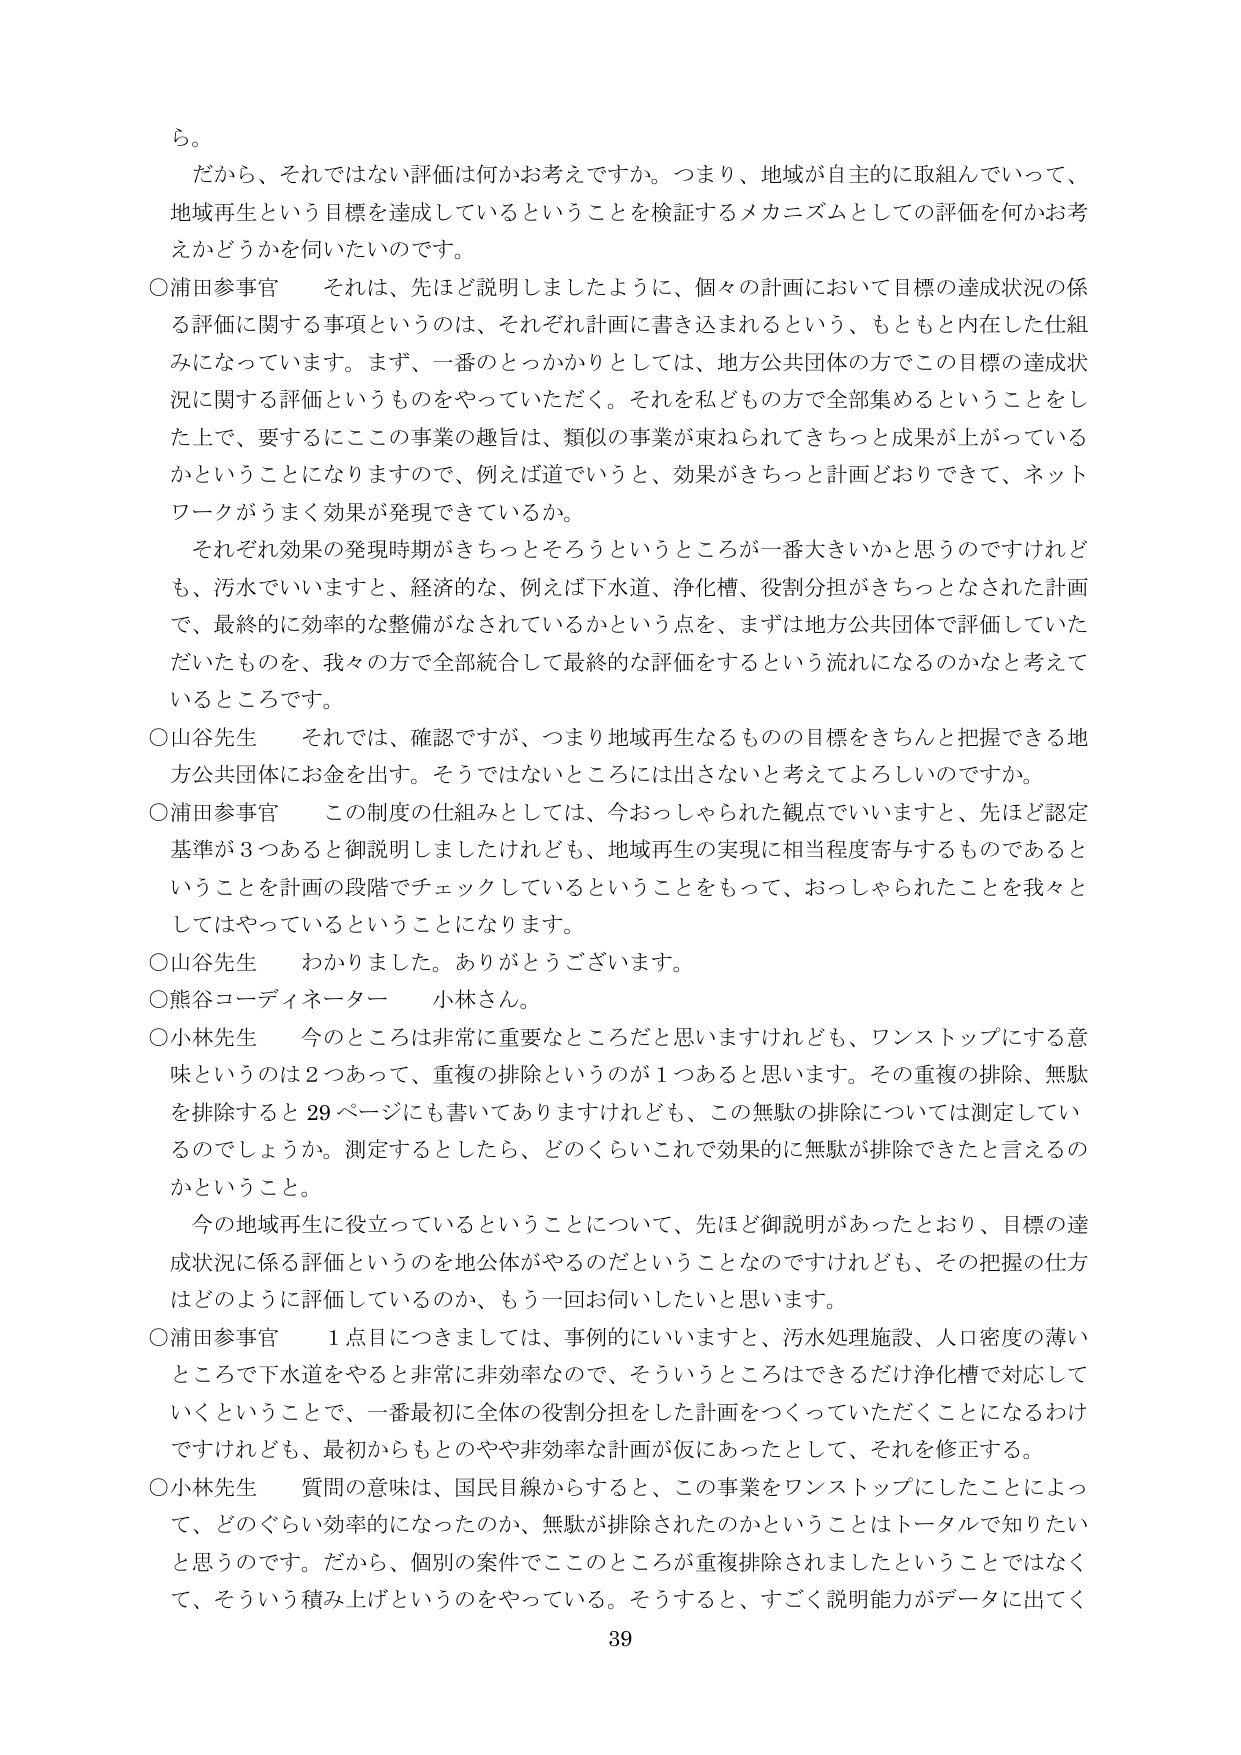
ら。

だから、それではない評価は何かお考えですか。つまり、地域が自主的に取組んでいって、
地域再生という目標を達成しているということを検証するメカニズムとしての評価を何かお考
えかどうかを伺いたいのです。

○浦田参事官　それは、先ほど説明しましたように、個々の計画において目標の達成状況の係
る評価に関する事項というのは、それぞれ計画に書き込まれるという、もともと内在した仕組
みになっています。まず、一番のとっかかりとしては、地方公共団体の方でこの目標の達成状
況に関する評価というものをやっていただく。それを私どもの方で全部集めるということをし
た上で、要するにこの事業の趣旨は、類似の事業が束ねられてきっと成果が上がっている
かということになりますので、例えば道でいうと、効果がきちっと計画どおりできて、ネット
ワークがうまく効果が発現できているか。

それぞれ効果の発現時期がきちっとそろうというところが一番大きいかと思うのですけれど
も、汚水でいいますと、経済的な、例えば下水道、浄化槽、役割分担がきちっとなされた計画
で、最終的に効率的な整備がなされているかという点を、まずは地方公共団体で評価していた
だいたものを、我々の方で全部統合して最終的な評価をするという流れになるのかなと考えて
いるところです。

○山谷先生　それでは、確認ですが、つまり地域再生なるものの目標をきちんと把握できる地
方公共団体にお金を出す。そうではないところには出さないと考えてよろしいのですか。

○浦田参事官　この制度の仕組みとしては、今おっしゃられた観点でいいますと、先ほど認定
基準が3つあると御説明しましたけれども、地域再生の実現に相当程度寄与するものであると
いうことを計画の段階でチェックしているということをもって、おっしゃられたことを我々と
してはやっているということになります。

○山谷先生　わかりました。ありがとうございます。

○熊谷コーディネーター　小林さん。

○小林先生　今のところは非常に重要なところだと思いますけれども、ワンストップにする意
味というのは2つあって、重複の排除というのが1つあると思います。その重複の排除、無駄
を排除すると29ページにも書いてありますけれども、この無駄の排除については測定してい
るのでしょうか。測定するとしたら、どのくらいこれで効果的に無駄が排除できたと言えるの
かということ。

今の地域再生に役立っているということについて、先ほど御説明があったとおり、目標の達
成状況に係る評価というのを地公体がやるのだということなのですがけれども、その把握の仕方
はどのように評価しているのか、もう一回お伺いしたいと思います。

○浦田参事官　1点目につきましては、事例的にいいますと、汚水処理施設、人口密度の薄い
ところで下水道をやると非常に非効率なので、そういうところはできるだけ浄化槽で対応して
いくということで、一番最初に全体の役割分担をした計画をつくっていただくことになるわけ
ですけれども、最初からもとのやや非効率な計画が仮にあったとして、それを修正する。

○小林先生　質問の意味は、国民目線からすると、この事業をワンストップにしたことによっ
て、どのぐらい効率的になったのか、無駄が排除されたのかということはトータルで知りたい
と思うのです。だから、個別の案件でここのところが重複排除されましたということではなく
て、そういう積み上げというのをやっている。そうすると、すごく説明能力がデータに出てく

39